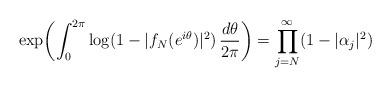
LaTeX: \begin{align*}\exp \biggl( \int_0^{2\pi} \log (1-|f_N(e^{i\theta})|^2) \, \frac{d\theta}{2\pi}\biggr)=\prod_{j=N}^\infty (1-|\alpha_j|^2) \end{align*}